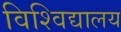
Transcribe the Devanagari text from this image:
विश्‍विद्यालय